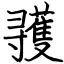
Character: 彟